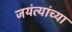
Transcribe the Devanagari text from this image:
जयंत्यांच्या